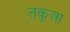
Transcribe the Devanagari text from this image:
तकुआ